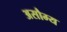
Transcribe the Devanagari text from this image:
असौम्य